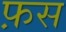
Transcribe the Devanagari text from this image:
फ़स